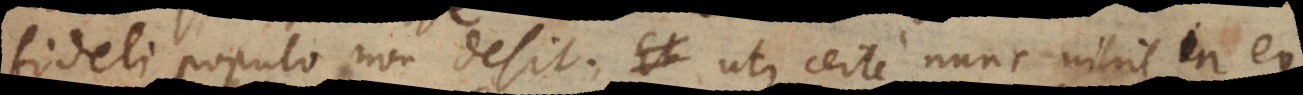
fideli populo non desit. Uti certe nunc nihil in eo